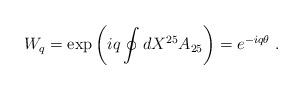
LaTeX: \begin{align*}W_q=\exp\left(iq\oint dX^{25} A_{25}\right)=e^{-iq\theta}\ .\end{align*}